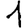
Digit: 1